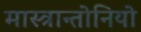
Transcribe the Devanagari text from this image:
मास्त्रान्तोनियो